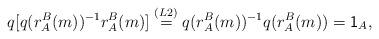
LaTeX: \begin{align*}q[q(r^B_A(m))^{-1}r^B_A(m)]\stackrel{(L2)}=q(r^B_A(m))^{-1} q(r^B_A(m))=\textsf{1}_A,\end{align*}